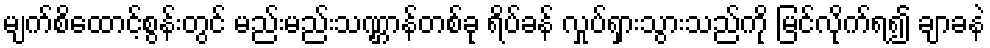
မျက်စိထောင့်စွန်းတွင် မည်းမည်းသဏ္ဌာန်တစ်ခု ရိပ်ခန် လှုပ်ရှားသွားသည်ကို မြင်လိုက်ရ၍ ချာခနဲ